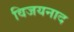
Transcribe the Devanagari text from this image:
विजयनाद